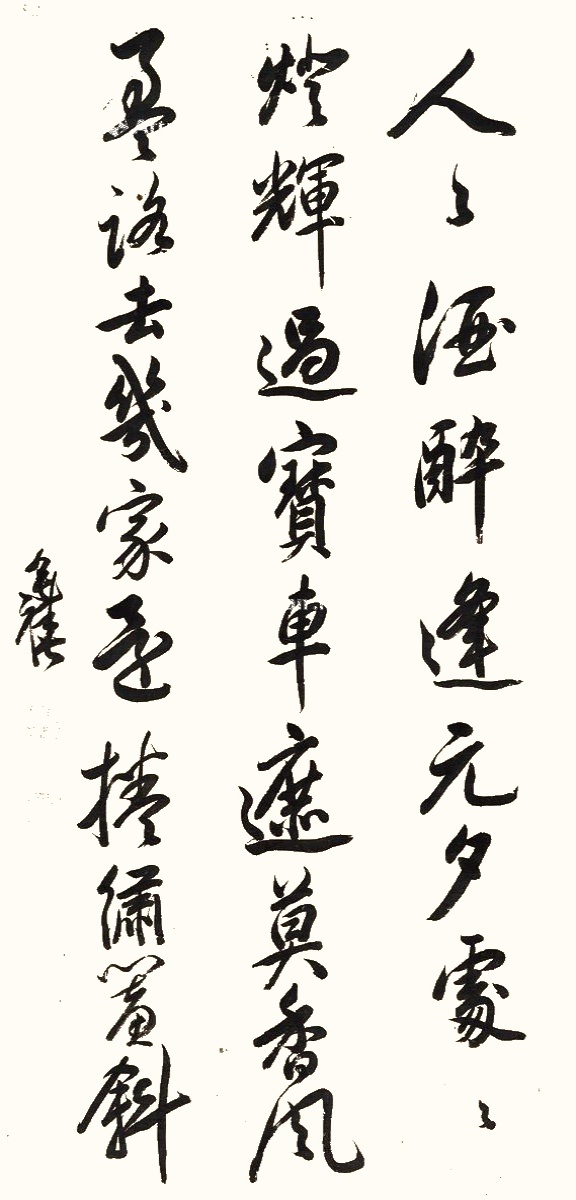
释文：人人酒醉逢元夕，处处灯辉过宝车。遮莫香风盈路去，几家还卷绣帘斜。奕禧。